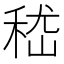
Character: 嵇